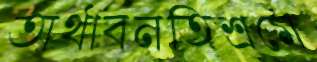
অর্থাবনতিশ্রমে